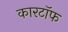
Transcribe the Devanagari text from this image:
कारटॉफ